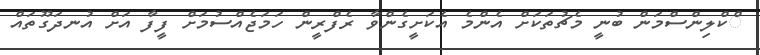
ްކްލިންސްމަން ބުނީ މެޗުތަކަށް އެންމެ އެކަށީގެންވާ ރެފްރީން ހަމަޖެއްސުމަށް ފީފާ އަށް އުނދަގޫތައް